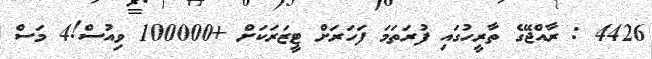
4426 : ރާއްޖޭގެ ތާރީހުގައި ފުރަތަމަ ފަހަރަށް ޓީޒަރަކަށް +100000 ވިއުސް!4 މަސް